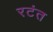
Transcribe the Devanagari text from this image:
रटंत